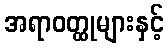
အရာဝတ္ထုများနှင့်